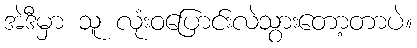
အဲဒီမှာ သူ လုံးဝပြောင်းလဲသွားတော့တာပဲ။